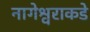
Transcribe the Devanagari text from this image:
नागेश्वराकडे